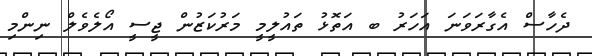
ދެހާސް އެގާރަވަނަ އަހަރު ބ އަތޮޅު ތައުލީމީ މަރުކަޒުން ޖީސީ އޯލެވެލް ނިންމި